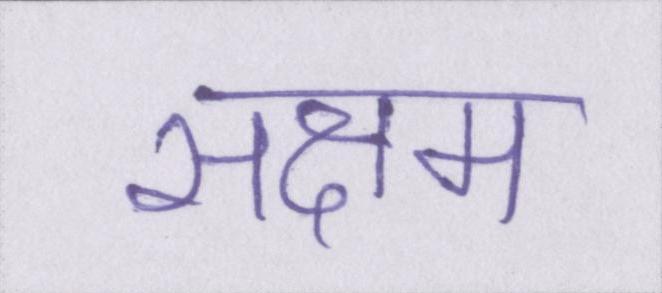
सक्षम